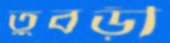
তুবড়ী